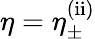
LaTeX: \eta=\eta_{\pm}^{\mathrm{(ii)}}